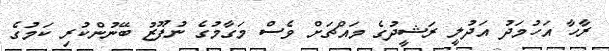
ރާހާ އަހުމަދު އަދުލީ ރަޝީދުގެ މައްޗަށް ވެސް މަގާމުގެ ނުފޫޒު ބޭނުންކުރި ކަމުގެ